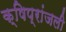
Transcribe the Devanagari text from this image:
क्षिप्रांजली